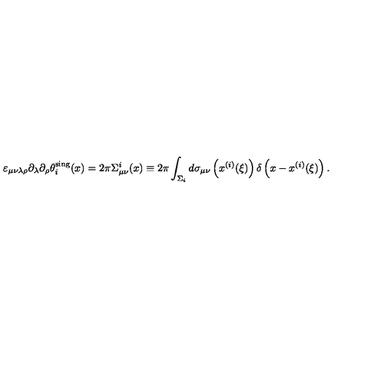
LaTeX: \varepsilon _ { \mu \nu \lambda \rho } \partial _ { \lambda } \partial _ { \rho } \theta _ { i } ^ { \mathrm { s i n g } } ( x ) = 2 \pi \Sigma _ { \mu \nu } ^ { i } ( x ) \equiv 2 \pi \int _ { \Sigma _ { i } } ^ { } d \sigma _ { \mu \nu } \left( x ^ { ( i ) } ( \xi ) \right) \delta \left( x - x ^ { ( i ) } ( \xi ) \right) .